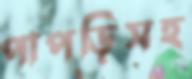
পাপড়িসহ